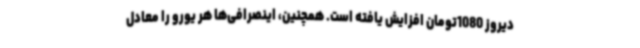
دیروز 1080تومان افزایش یافته است. همچنین، اینصرافی‌ها هر یورو را معادل